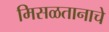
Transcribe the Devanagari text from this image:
मिसळतानाचे